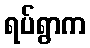
ရပ်ရွာက